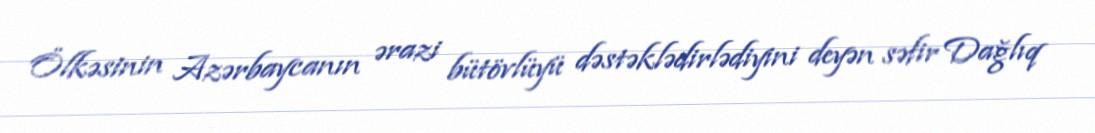
Ölkəsinin Azərbaycanın ərazi bütövlüyü dəstəklədirlədiyini deyən səfir Dağlıq